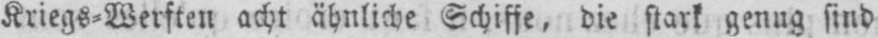
Kriegs⸗Werften acht ähnliche Schiffe, die stark genug sind